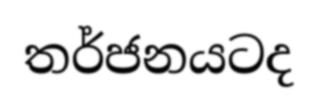
තර්ජනයටද